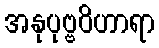
အနုပုဗ္ဗဝိဟာရာ